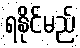
ရနိုင်မည်